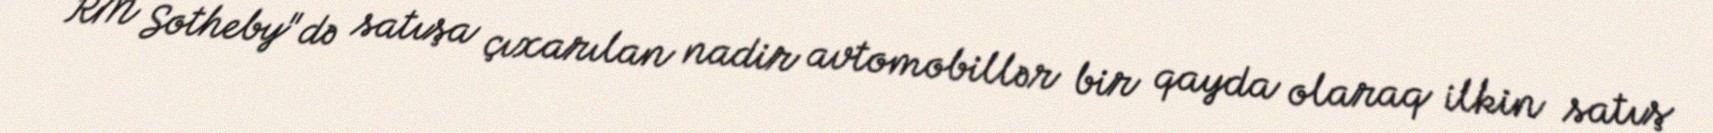
RM Sotheby"də satışa çıxarılan nadir avtomobillər bir qayda olaraq ilkin satış